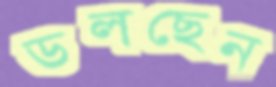
ডলছেন